Suure-Kopu_vallavalitsus, lk 61
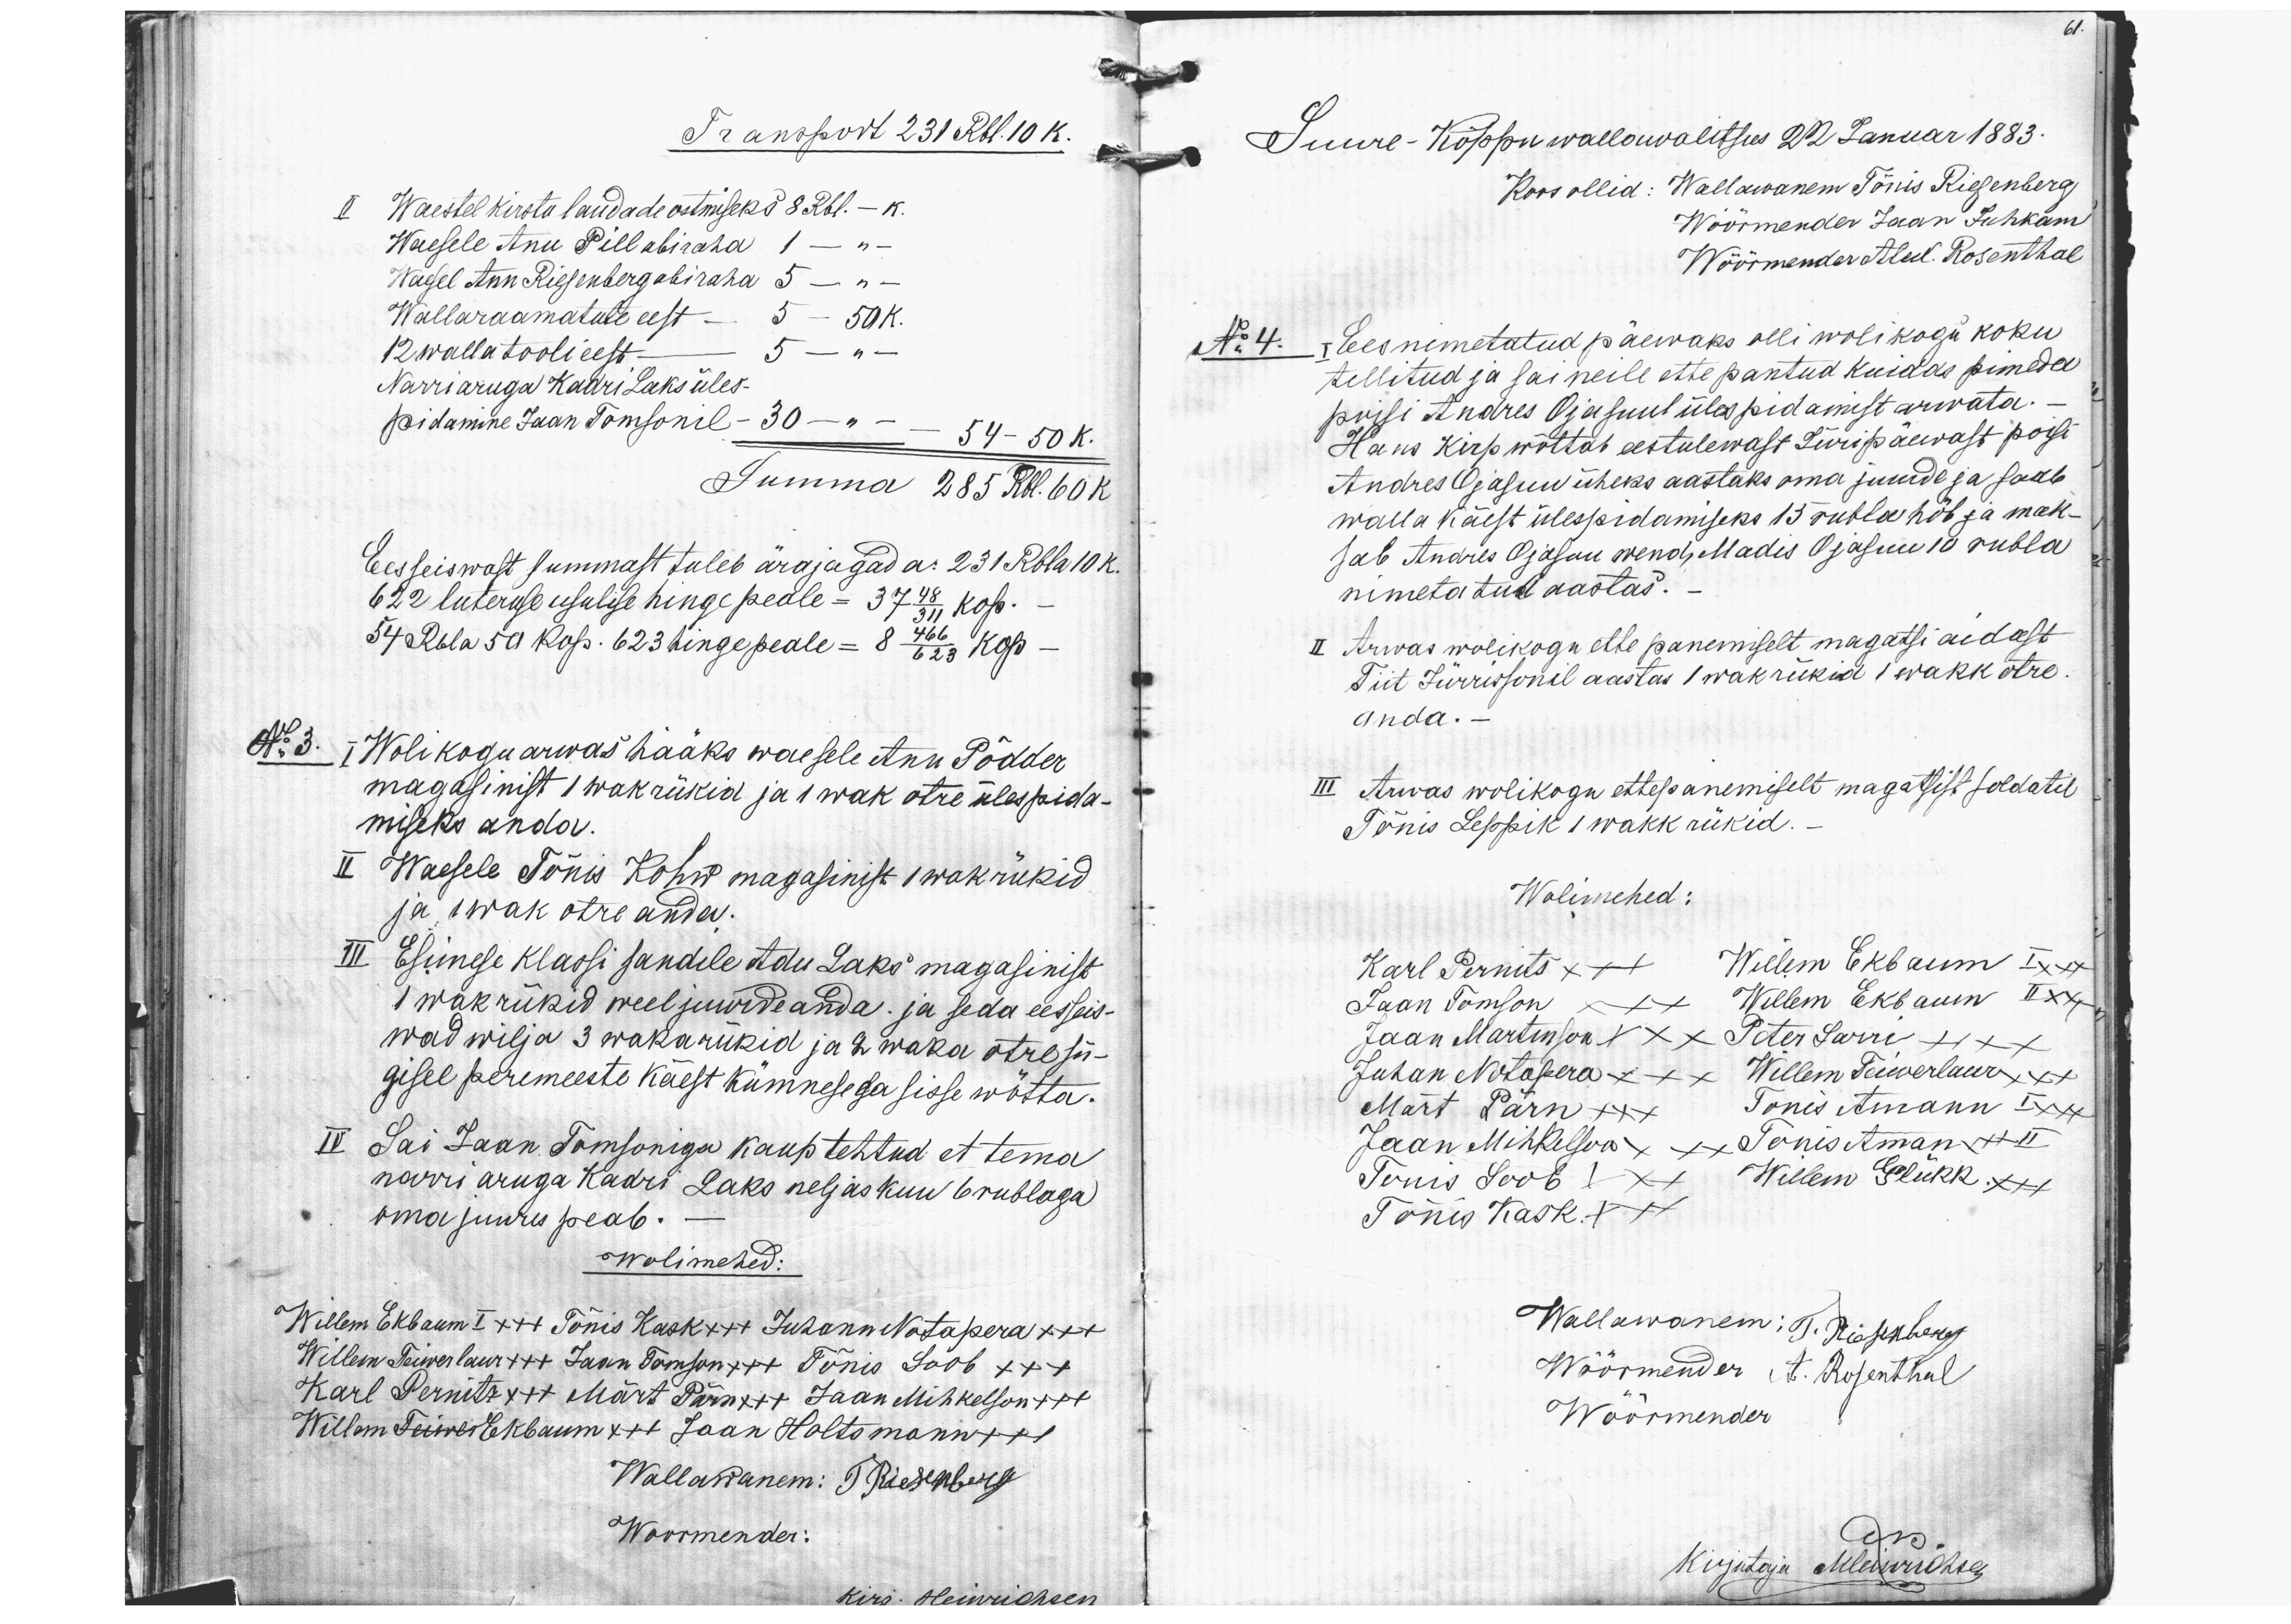
61.
Transport 231 Rbl. 10 k.
II Waestel kirstu laudade ostmiseks 8 Rbl. - k.
Waesele Anu Pill abiraha 1 - " -
Waesel Ann Riesenberg abiraha 5 - " -
Wallaraamatute eest - 5 - 50 k.
12 wallatoolieest - 5 - " -
Narriaruga Kadri Laks üles-
pidamine Jaan Tomsonil- 30 - " - 54 - 50 k.
Summa 285 Rbl. 60 k.
Eesseiswast summast tuleb ärajagad a. 23 Rbla 10 k.
622 luteruse usulise hinge peale - 37 48/311 kop.
54 Rbla 50 kop. 623 hinge peale = 8 466/623 kop-
Nr 3. I Wolikogu arwas hääks waesele Ann Põdder
magasinist 1 wak rükid ja 1 wak otre ülespida-
miseks anda.
II Waesele Tõnis Kohw magasinist 1 wak rükid.
ja 1 wak otre anda.
III Esimese klassi sandile Adu Laks magasinist
1 wak rükid weel juurde anda ja seda eesseis-
wad wilja 3 wakarükid ja 2 waka otre sü-
gisel peremeeste käest kümnesega sisse wõtta.
IV Sai Jaan Tomsoniga kaup tehtud et tema
narri aruga Kadri Laks neljas kuu 6 rublaga
oma juures peab.
wolimehed:
Willem Ekbaum I xx+ Tõnis Kask xx+ Juhann Notapera xxx
Willem Teiwerlaur +++ Jaan Tomson x++ Tõnis Soob x++
Karl Pernitz x++ Märt Pärn x++ Jaan Mihkelson +++
Willem Teiwer Ekbaum x++ Jaan Holtsmann +++
Wallawanem: J Riesenberg
Woormender:
kirJ. Heinrichsen
Suure-Kõppu wallawalitsus 22 Januar 1883.
Koos ollid: Wallawanem Tõnis Riesenberg
Wöörmender Jaan Juhkam
Wöörmender Alex. Rosenthal
Nr 4. I Eesnimetatud päewaks olli wolikogu koku
tellitud ja sai neile ette pantud kuidas pimeda
poisi Andres Ojasuul ülespidamist arvata.-
Hans Kirp wõttab eestulewast Jüripäewast poisi
Andres Ojasuu üheks aastaks oma juude ja saab
walla käest ülespidamiseks 15 rubla hõb ja mak-
sab Andres Ojasuu wend, Madis Ojasuu 10 rubla
nimetatud aastas.
II Arwas wolikogu ette panemiselt magatsi aidast
Tiit Jürrisonil aastas 1 wak rükid 1 wakk otre.
anda.
III Arwas wolikogu ettepanemiselt magatsist soldatil
Tõnis Leppik 1 wakk rükid.
Wolimehed:
Karl Pernits x++ Willem Ekbaum I xxx
Jaan Tomson xxx Willem Eksbum II xx+
Jaan Martinson xxx Peter Sarri +xx
Juhan Notapera xxx Willem Teiwerlaur xxx
Mart Pärn +xx Tõnis Amann I xxx
Jaan Mihkelson xxx Tõnis Aman xx+ II
Tõnis Soob +x+ Willem Glükk xxx
Tõnis Kask +xx
Wallawanem; T. Riesenberg
Wöörmender A. Rosenthal
Woormender
Kirjutaja M.leiswöhtees